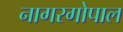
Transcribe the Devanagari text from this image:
नागरगोपाल